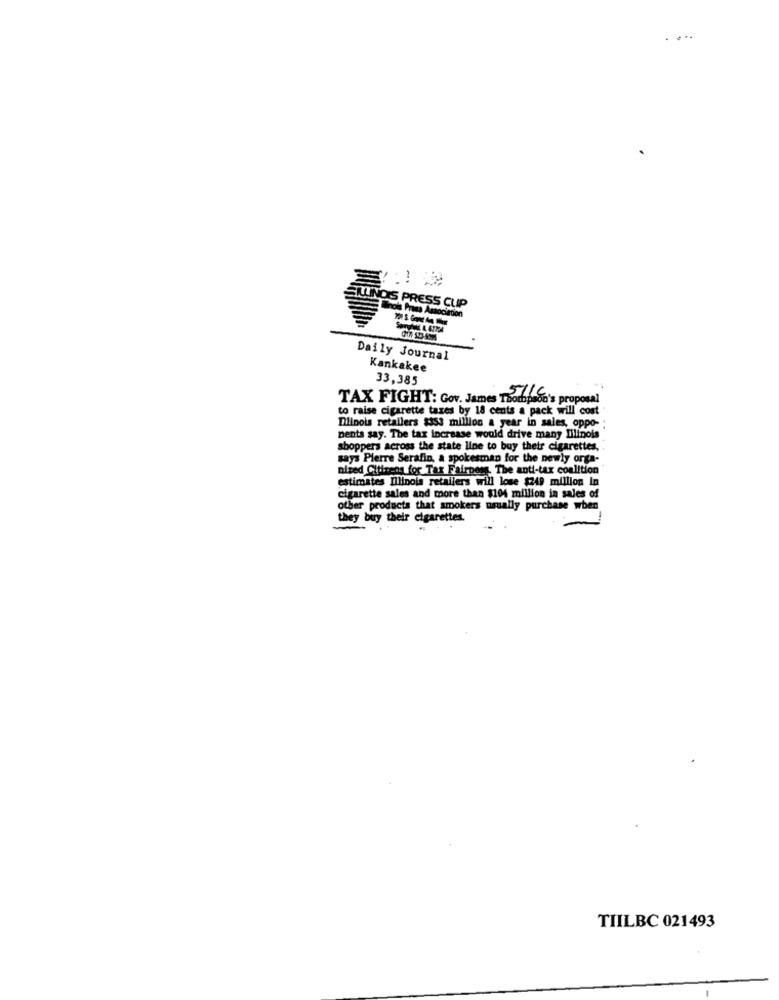
.. ..
DAS PRESS CUP
nois Prasa Association
Daily Journal
Kankakee
33,385
TAX FIGHT: Gov. James Thompson's proposal
5116.
to raise cigarette taxes by 18 cents a pack will cost
Dilinois retailers $353 million a year in sales, oppo- :
pents say. The tax increase would drive many Iilinois
shoppers across the state line to buy their cigarettes,
says Pierre Serafin, a spokesman for the newly orga-
nized Citizens for Tax Fairness. The anti-tax coalition
estimates Illinois retailers will lose $249 million In
cigarette sales and more than $104 million in sales of
other products that smokers usually purchase when
they buy their cigarettes.
TIILBC 021493